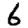
Digit: 6